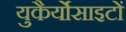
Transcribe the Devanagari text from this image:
युकैर्योसाइटों